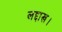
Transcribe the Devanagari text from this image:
लद्दाख।